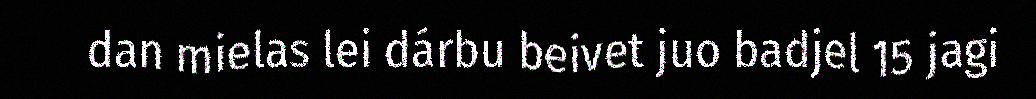
dan mielas lei dárbu beivet juo badjel 15 jagi